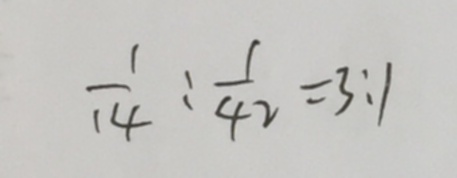
\frac { 1 } { 1 4 } : \frac { 1 } { 4 2 } = 3 : 1